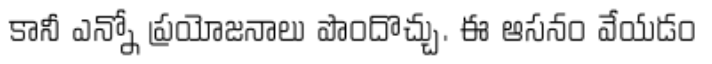
కానీ ఎన్నో ప్రయోజనాలు పొందొచ్చు. ఈ ఆసనం వేయడం